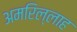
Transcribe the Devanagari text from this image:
अमरिल्लाह